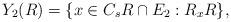
LaTeX: \begin{align*} Y_2(R)=\{x\in C_s R\cap E_2:R_x R\},\end{align*}